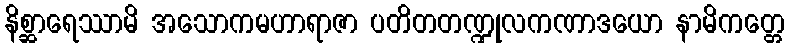
နိစ္ဆာရေဿာမိ အသောကမဟာရာဇာ ပတိတတဏ္ဍုလကဏာဒယော နာမိကတ္တေ